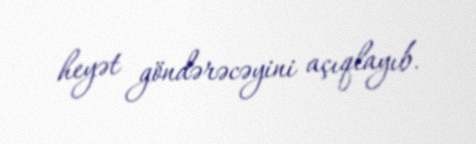
heyət göndərəcəyini açıqlayıb.